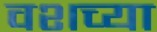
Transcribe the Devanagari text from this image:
वशच्या